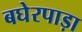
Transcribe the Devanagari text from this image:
बघेरपाड़ा